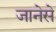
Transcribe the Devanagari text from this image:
जानेसे